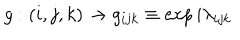
g : ( i , j , k ) \rightarrow g _ { i j k } \equiv \exp { i \lambda _ { i j k } }